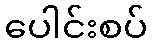
ပေါင်းစပ်